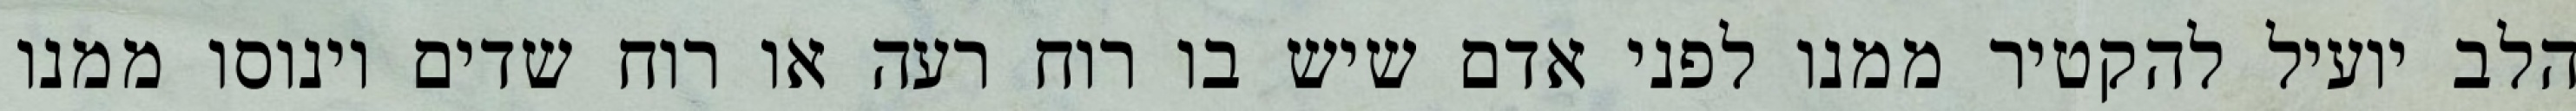
הלב יועיל להקטיר ממנו לפני אדם שיש בו רוח רעה או רוח שדים וינוסו ממנו